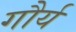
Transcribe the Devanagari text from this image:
गौर्य